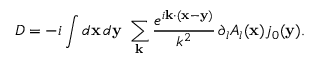
D = - i \int { } d { \bf x } \, d { \bf y } \ \sum _ { \bf k } \frac { e ^ { i { \bf k \cdot ( x - y ) } } } { k ^ { 2 } } \, \partial _ { l } A _ { l } ( { \bf x } ) j _ { 0 } ( { \bf y } ) .